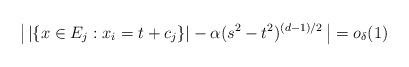
LaTeX: \begin{align*} \big|\, |\{x\in E_j: x_i = t+c_j\}| - \alpha (s^2-t^2)^{(d-1)/2} \,\big| =o_\delta(1)\end{align*}